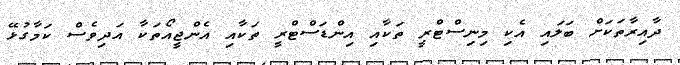
ދާއިރާތަކަށް ބަލައި އެކި މިނިސްޓްރީ ތަކާއި އިންޑަސްޓްރީ ތަކާއި އެންޖީއޯތަކާ އަދިވެސް ކަމާގުޅޭ